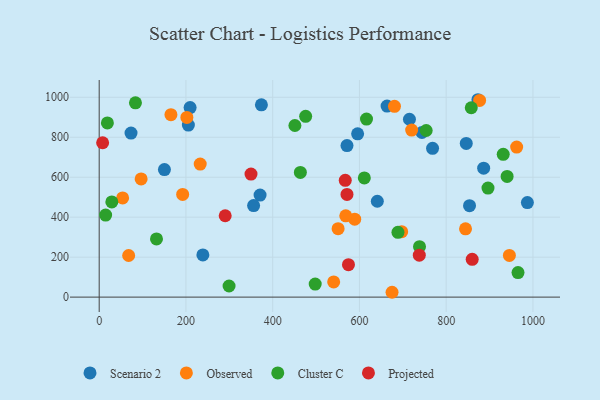
{"axis": {"x": "Speed", "y": "Salary"}, "legend": ["Cluster C", "Observed", "Projected", "Scenario 2"], "data": [{"x": "768.6", "y": 744.4, "type": "Scenario 2"}, {"x": "370.9", "y": 510.5, "type": "Scenario 2"}, {"x": "209.6", "y": 948.3, "type": "Scenario 2"}, {"x": "239.0", "y": 211.3, "type": "Scenario 2"}, {"x": "846.3", "y": 769.0, "type": "Scenario 2"}, {"x": "641.2", "y": 479.8, "type": "Scenario 2"}, {"x": "853.8", "y": 457.8, "type": "Scenario 2"}, {"x": "987.2", "y": 473.0, "type": "Scenario 2"}, {"x": "595.8", "y": 816.9, "type": "Scenario 2"}, {"x": "374.0", "y": 962.3, "type": "Scenario 2"}, {"x": "663.7", "y": 956.0, "type": "Scenario 2"}, {"x": "150.4", "y": 638.4, "type": "Scenario 2"}, {"x": "571.3", "y": 758.5, "type": "Scenario 2"}, {"x": "73.4", "y": 820.8, "type": "Scenario 2"}, {"x": "356.0", "y": 457.9, "type": "Scenario 2"}, {"x": "886.4", "y": 645.0, "type": "Scenario 2"}, {"x": "873.2", "y": 987.8, "type": "Scenario 2"}, {"x": "715.3", "y": 890.1, "type": "Scenario 2"}, {"x": "744.1", "y": 823.9, "type": "Scenario 2"}, {"x": "205.6", "y": 861.0, "type": "Scenario 2"}, {"x": "232.9", "y": 665.7, "type": "Observed"}, {"x": "962.5", "y": 751.0, "type": "Observed"}, {"x": "720.4", "y": 835.9, "type": "Observed"}, {"x": "675.2", "y": 24.2, "type": "Observed"}, {"x": "96.7", "y": 591.5, "type": "Observed"}, {"x": "54.0", "y": 496.2, "type": "Observed"}, {"x": "540.6", "y": 75.8, "type": "Observed"}, {"x": "550.8", "y": 342.6, "type": "Observed"}, {"x": "697.4", "y": 327.3, "type": "Observed"}, {"x": "589.1", "y": 390.0, "type": "Observed"}, {"x": "192.4", "y": 513.9, "type": "Observed"}, {"x": "568.5", "y": 406.9, "type": "Observed"}, {"x": "165.4", "y": 913.1, "type": "Observed"}, {"x": "877.1", "y": 984.2, "type": "Observed"}, {"x": "202.1", "y": 899.3, "type": "Observed"}, {"x": "945.7", "y": 208.4, "type": "Observed"}, {"x": "680.8", "y": 955.0, "type": "Observed"}, {"x": "67.9", "y": 208.3, "type": "Observed"}, {"x": "844.6", "y": 341.7, "type": "Observed"}, {"x": "476.0", "y": 904.7, "type": "Cluster C"}, {"x": "498.0", "y": 65.2, "type": "Cluster C"}, {"x": "18.9", "y": 871.8, "type": "Cluster C"}, {"x": "738.5", "y": 252.2, "type": "Cluster C"}, {"x": "965.6", "y": 122.9, "type": "Cluster C"}, {"x": "753.9", "y": 833.7, "type": "Cluster C"}, {"x": "688.8", "y": 324.3, "type": "Cluster C"}, {"x": "616.3", "y": 891.1, "type": "Cluster C"}, {"x": "299.4", "y": 55.7, "type": "Cluster C"}, {"x": "931.5", "y": 714.6, "type": "Cluster C"}, {"x": "14.8", "y": 410.5, "type": "Cluster C"}, {"x": "857.8", "y": 947.7, "type": "Cluster C"}, {"x": "896.4", "y": 545.5, "type": "Cluster C"}, {"x": "463.8", "y": 624.1, "type": "Cluster C"}, {"x": "940.5", "y": 603.8, "type": "Cluster C"}, {"x": "451.2", "y": 858.8, "type": "Cluster C"}, {"x": "132.1", "y": 291.3, "type": "Cluster C"}, {"x": "29.1", "y": 476.5, "type": "Cluster C"}, {"x": "611.3", "y": 596.7, "type": "Cluster C"}, {"x": "83.6", "y": 972.1, "type": "Cluster C"}, {"x": "7.9", "y": 772.6, "type": "Projected"}, {"x": "574.7", "y": 162.5, "type": "Projected"}, {"x": "290.5", "y": 407.2, "type": "Projected"}, {"x": "350.0", "y": 615.8, "type": "Projected"}, {"x": "567.3", "y": 584.6, "type": "Projected"}, {"x": "738.0", "y": 210.0, "type": "Projected"}, {"x": "571.3", "y": 513.7, "type": "Projected"}, {"x": "860.0", "y": 189.2, "type": "Projected"}]}